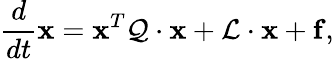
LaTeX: \frac{d}{dt}{\mathbf x}={\mathbf x}^{T}{\cal Q}\cdot{\mathbf x}+{\cal L}\cdot{\mathbf x}+{\mathbf f},